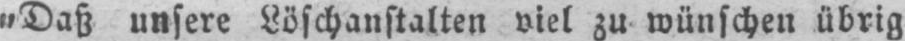
„Daß unsere Löschanstalten viel zu wünschen übrig